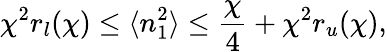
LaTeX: \chi^{2}r_{l}(\chi)\leq\langle n_{1}^{2}\rangle\leq\frac{\chi}{4}+\chi^{2}r_{u}(\chi),